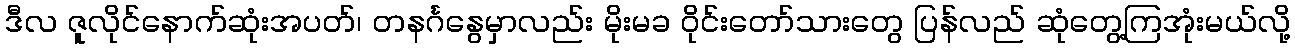
ဒီလ ဇူလိုင်နောက်ဆုံးအပတ်၊ တနင်္ဂနွေမှာလည်း မိုးမခ ဝိုင်းတော်သားတွေ ပြန်လည် ဆုံတွေ့ကြအုံးမယ်လို့